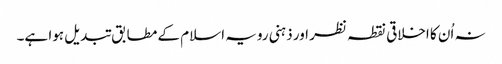
نہ اُن کا اخلاقی نقطہ نظر اور ذہنی رویہ اسلام کے مطابق تبدیل ہوا ہے۔